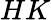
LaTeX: HK